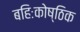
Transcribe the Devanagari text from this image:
बहिःकोष्ठिक